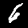
Label: 6